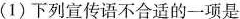
(1)下列宣传语不合适的一项是 ( )